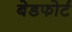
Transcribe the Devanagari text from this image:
बेडफोर्ट